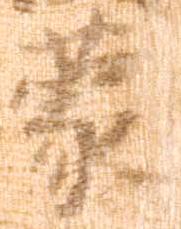
蒙